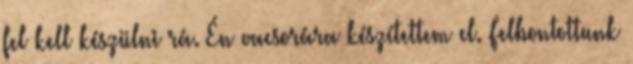
fel kell készülni rá. Én vacsorára készítettem el. Felbontottunk